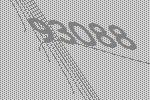
93088